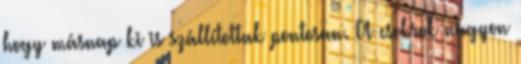
hogy másnap ki is szállítottak pontosan. A csokrok nagyon